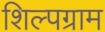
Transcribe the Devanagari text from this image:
शिल्‍पग्राम